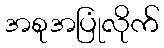
အစုအပြုံလိုက်